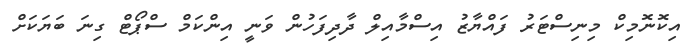
އިކޮނޮމިކް މިނިސްޓަރު ފައްޔާޒު އިސްމާއިލް ދާދިފަހުން ވަނީ އިންކަމް ސްޕޯޓް ގިނަ ބަޔަކަށް